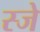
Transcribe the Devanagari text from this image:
स्जे